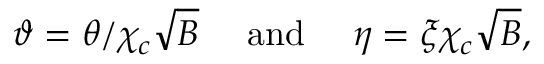
\vartheta = \theta / \chi _ { c } \sqrt { B } ~ ~ ~ ~ \mathrm { a n d } ~ ~ ~ ~ \eta = \xi \chi _ { c } \sqrt { B } ,